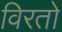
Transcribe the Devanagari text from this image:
विरतो